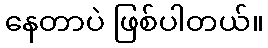
နေတာပဲ ဖြစ်ပါတယ်။